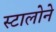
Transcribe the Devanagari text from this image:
स्टालोने